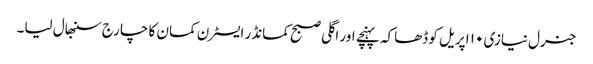
جنرل نیازی ۱۰ اپریل کو ڈھاکہ پہنچے اور اگلی صبح کمانڈر ایسٹرن کمان کا چارج سنبھال لیا۔